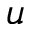
\boldsymbol { u }